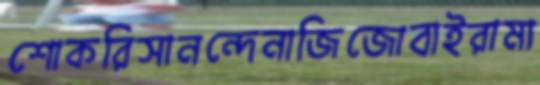
শোকরিসানন্দেনাজিজোবাইরামা